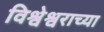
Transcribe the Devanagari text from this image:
विश्वेश्वराच्या